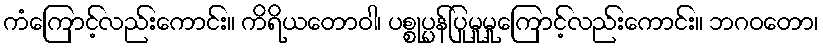
ကံကြောင့်လည်းကောင်း။ ကိရိယတောဝါ၊ ပစ္စုပ္ပန်ပြုမူမှုကြောင့်လည်းကောင်း။ ဘဂဝတော၊